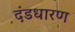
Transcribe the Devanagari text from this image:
दंडधारण